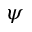
\psi